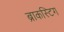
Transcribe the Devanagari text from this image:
ब्राकस्टिग